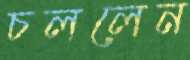
চললেন